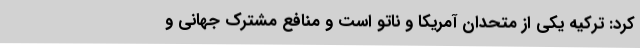
کرد: ترکیه یکی از متحدان آمریکا و ناتو است و منافع مشترک جهانی و